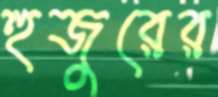
হুজুরের